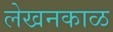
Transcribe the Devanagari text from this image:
लेखनकाळ